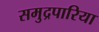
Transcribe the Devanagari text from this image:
समुद्रपारिया